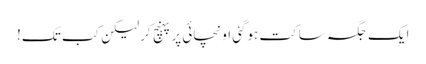
ایک جگہ ساکت ہوگئی اونچائی پرپہنچ کرلیکن کب تک!